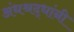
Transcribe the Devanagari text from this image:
अंधश्रद्धांनी